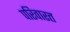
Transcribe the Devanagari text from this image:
परिवारत